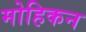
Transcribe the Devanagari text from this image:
मोहिकन